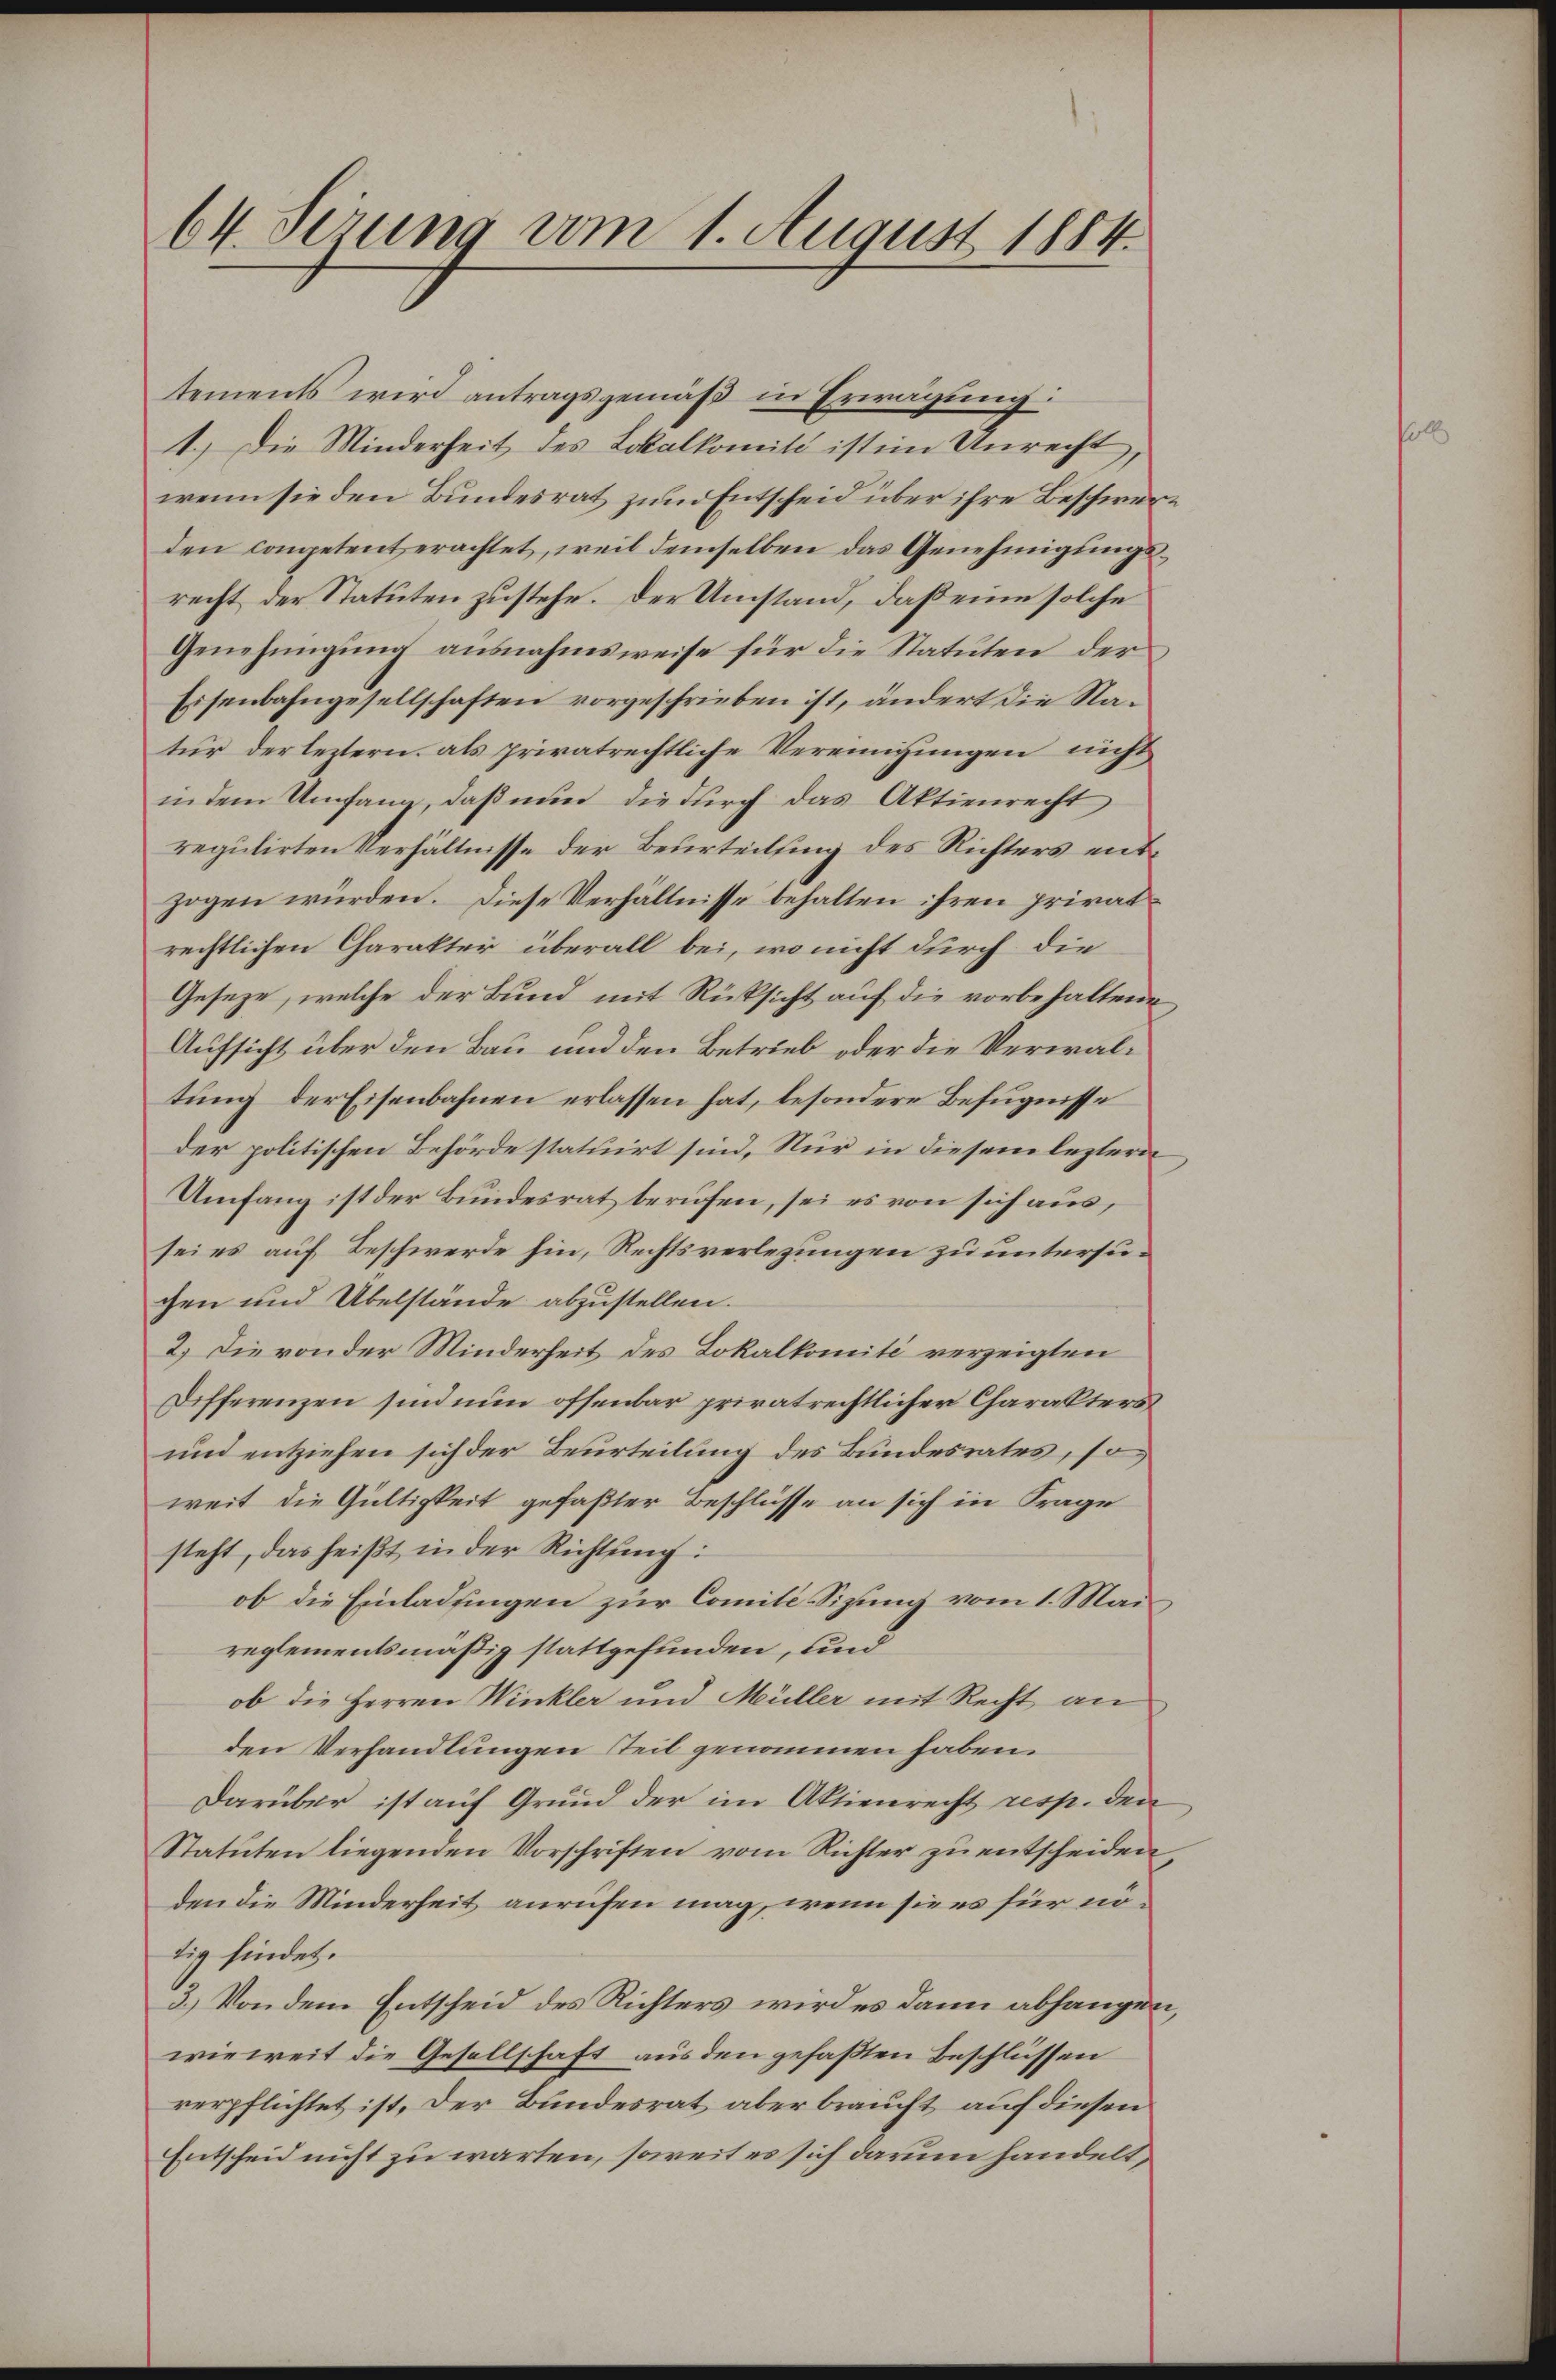
64. Serung vom 1. August 1884.

tements wird antragsgemäß in Erwägung:
1.) Die Minderheit des Lokalkomit ist im Unrecht,
wenn sie den Bundesrat zum Entscheid über ihre Beschwere
den competent erachtet, weil demselben das Genehmigungsrecht der Statuten zustehe. Der Umstand, daß eine solche
Genehmigung ausnahmsweise für die Statuten der
Eisenbahngesellschaften vorgeschrieben ist, ändert die Natur der leztern, als privatrechtliche Vereinigungen nicht
in dem Umfang, daß nun die durch das Aktienrecht
regulirten Verhältnisse der Beurteilsing des Richters entzogen würden. Diese Verhältnisse behalten ihren privatrechtlichen Charakter überall bei, wo nicht durch die
Geseze, welche der Bund mit Rücksicht auf die vorbehaltene
Aufsicht über den Bau und den Betrieb oder die Verwaltung der Eisenbahnen erlassen hat, besondere Befugnisse
der politischen Behörde statuirt sind. Nur in diesem leztern
Umfang ist der Bundesrat berufen, sei es von sich aus,
sei es auf Beschwerde hin, Rechtsverlegungen zu untersuchen und Übelstände abzustellen.
2.) Die von der Minderheit des Lokalkomité verzeigten
Differenzen sind nun offenbar privatrechtlicher Charakters
und entziehen sich der Beurteilung des Bundesrates, so
weit die Gültigkeit gefaßter Beschlüsse an sich in Frage
steht, das heißt in der Richtung:
ob die Einladfingen zur Comité-Sitzung vom 1. Mai
reglementsmäßig stattgefunden, und
ob die Herren Winkler und Müller mit Recht an
den Verhandlungen Teil genommen haben.
Darüber ist auf Grund der im Aktienrecht resp. den
Statuten liegenden Vorschriften vom Richter zu entscheiden
den die Minderheit anrufen mag, wenn sie es für nötig findet.
3.) Von dem Entscheid des Richters wird es dann abhangen,
wieweit die Gesellschaft aus den gefaßten Beschlüssen
verpflichtet ist, der Bundesrat aber braucht auf diesen
Entscheid nicht zu warten, soweit es sich darum handelt,